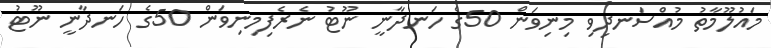
މައުލޫމާތު މުއްސަނދިވި މިނިވަން 50ގެ ހަނދާނީ ނޫޓު ނެރެފިމިނިވަން 50ގެ ހަނދާނީ ނޫޓު